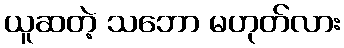
ယူဆတဲ့ သဘော မဟုတ်လား